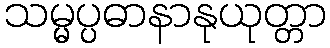
သမ္မပ္ပဓာနာနုယုတ္တာ